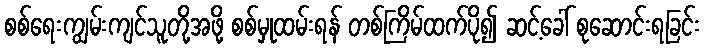
စစ်ရေးကျွမ်းကျင်သူတို့အဖို့ စစ်မှုထမ်းရန် တစ်ကြိမ်ထက်ပို၍ ဆင့်ခေါ် စုဆောင်းရခြင်း